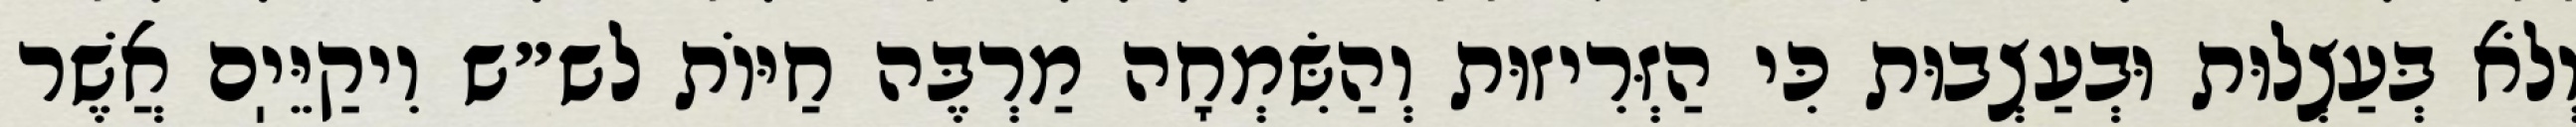
וְלֹא בְּעַצְלוּת וּבְעַצְבוּת כִּי הַזְּרִיזוּת וְהַשִּׂמְחָה מַרְבֶּה חַיּוֹת לש״ש וִיקַיֵּיֽם אֲשֶׁר